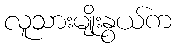
လူသားမျိုးနွယ်က